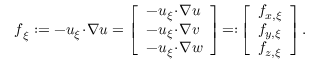
\begin{array} { r } { \boldsymbol { f } _ { \xi } : = - \boldsymbol { u } _ { \xi } \! \cdot \! \boldsymbol { \nabla } \boldsymbol { u } = \left[ \begin{array} { l } { - \boldsymbol { u } _ { \xi } \! \cdot \! \boldsymbol { \nabla } u } \\ { - \boldsymbol { u } _ { \xi } \! \cdot \! \boldsymbol { \nabla } v } \\ { - \boldsymbol { u } _ { \xi } \! \cdot \! \boldsymbol { \nabla } w } \end{array} \right] \! = : \! \left[ \begin{array} { l } { f _ { x , \xi } } \\ { f _ { y , \xi } } \\ { f _ { z , \xi } } \end{array} \right] . } \end{array}